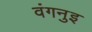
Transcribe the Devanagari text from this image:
वंगनुइ